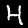
Digit: 4